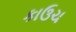
કાઉચ